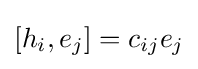
\left[h_{i},e_{j}\right]=c_{ij}e_{j}